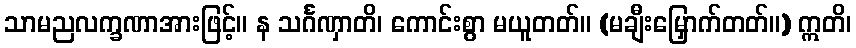
သာမညလက္ခဏာအားဖြင့်။ န သင်္ဂဏှာတိ၊ ကောင်းစွာ မယူတတ်။ (မချီးမြှောက်တတ်။) ဣတိ၊